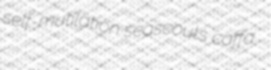
self-mutilation seascouts caffa